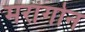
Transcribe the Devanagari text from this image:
मरांगोन